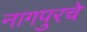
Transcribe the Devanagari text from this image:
नागपुरचे